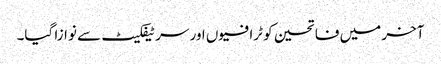
آخر میں فاتحین کو ٹرافیوں اور سرٹیفکیٹ سے نوازا گیا۔